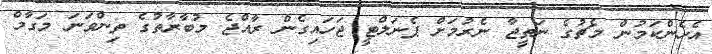
އެހެންކަމުން މެޗުގެ ނަތީޖާ ނެރުމަށް ޕެނަލްޓީ ޖަހައިގެން ރާއްޖެ މުބާރާތުގެ ތިންވަނަ މަގާމް